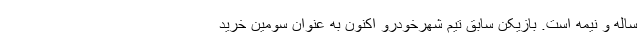
ساله و نیمه است. بازیکن سابق تیم شهرخودرو اکنون به عنوان سومین خرید